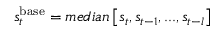
s _ { t } ^ { \mathrm { b a s e } } = m e d i a n \left[ s _ { t } , s _ { t - 1 } , . . . , s _ { t - l } \right]